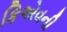
કિએવની